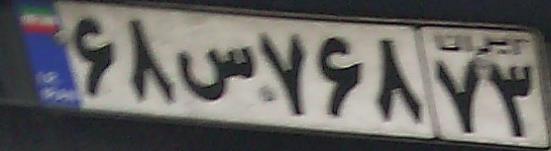
۶۸س۷۶۸۷۳